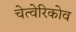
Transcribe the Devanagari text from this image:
चेत्वेरिकोव